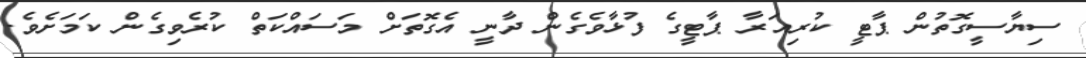
ސިޔާސީގޮތުން ޕާޓީ ކުރިއަރާ ޕާޓީގެ ފުޅާވެގެން ދާނީ އެގޮތަށް މަސައްކަތް ކުރެވިގެން ކަމަށެވެ.